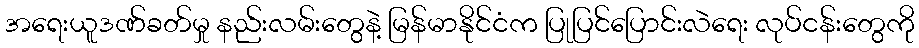
အရေးယူဒဏ်ခတ်မှု နည်းလမ်းတွေနဲ့ မြန်မာနိုင်ငံက ပြုပြင်ပြောင်းလဲရေး လုပ်ငန်းတွေကို